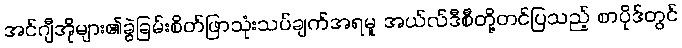
အင်ဂျီအိုများ၏ခွဲခြမ်းစိတ်ဖြာသုံးသပ်ချက်အရမူ အယ်လ်ဒီစီတို့တင်ပြသည့် စာပိုဒ်တွင်